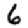
Digit: 6